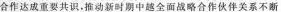
合作达成重要共识。推动新时期中越全面战略合作伙伴关系不断